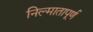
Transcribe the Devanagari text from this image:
निल्मातापूर्ण